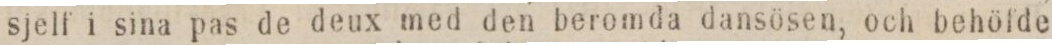
sjelf i sina pas de deux med den beromda dansösen, och behöfde